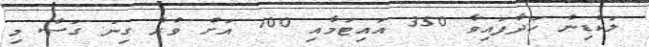
ލަކުޑިން ހަދާފައިވާ 350 އައިޓަމާއި 100 އަށް ވުރެ ގިނަ ގަސް މި